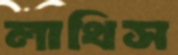
লাথিস